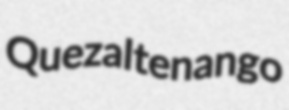
Quezaltenango